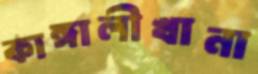
কাঙ্গালীখানা